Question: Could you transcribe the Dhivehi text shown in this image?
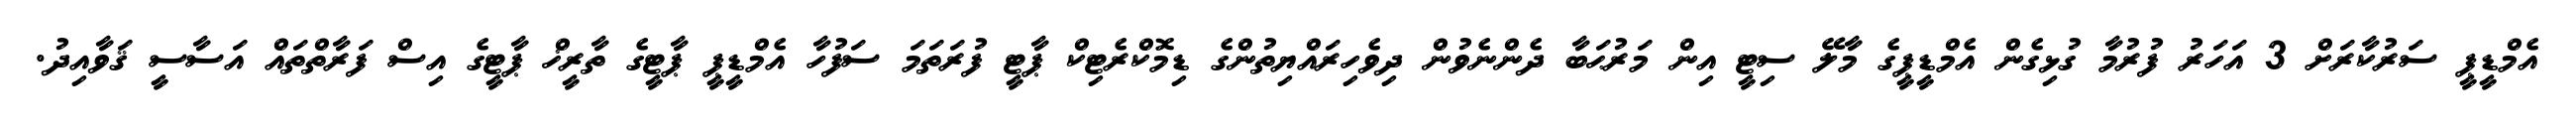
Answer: އެމްޑީޕީ ސަރުކާރަށް 3 އަހަރު ފުރުމާ ގުޅިގެން އެމްޑީޕީގެ މާލޭ ސިޓީ އިން މަރުޙަބާ ދެންނެވުން ދިވެހިރައްޔިތުންގެ ޑިމޮކްރެޓިކް ޕާޓީ ފުރަތަމަ ސަފުހާ އެމްޑީޕީ ޕާޓީގެ ތާރީޚް ޕާޓީގެ އިސް ފަރާތްތައް އަސާސީ ޤަވާއިދު.